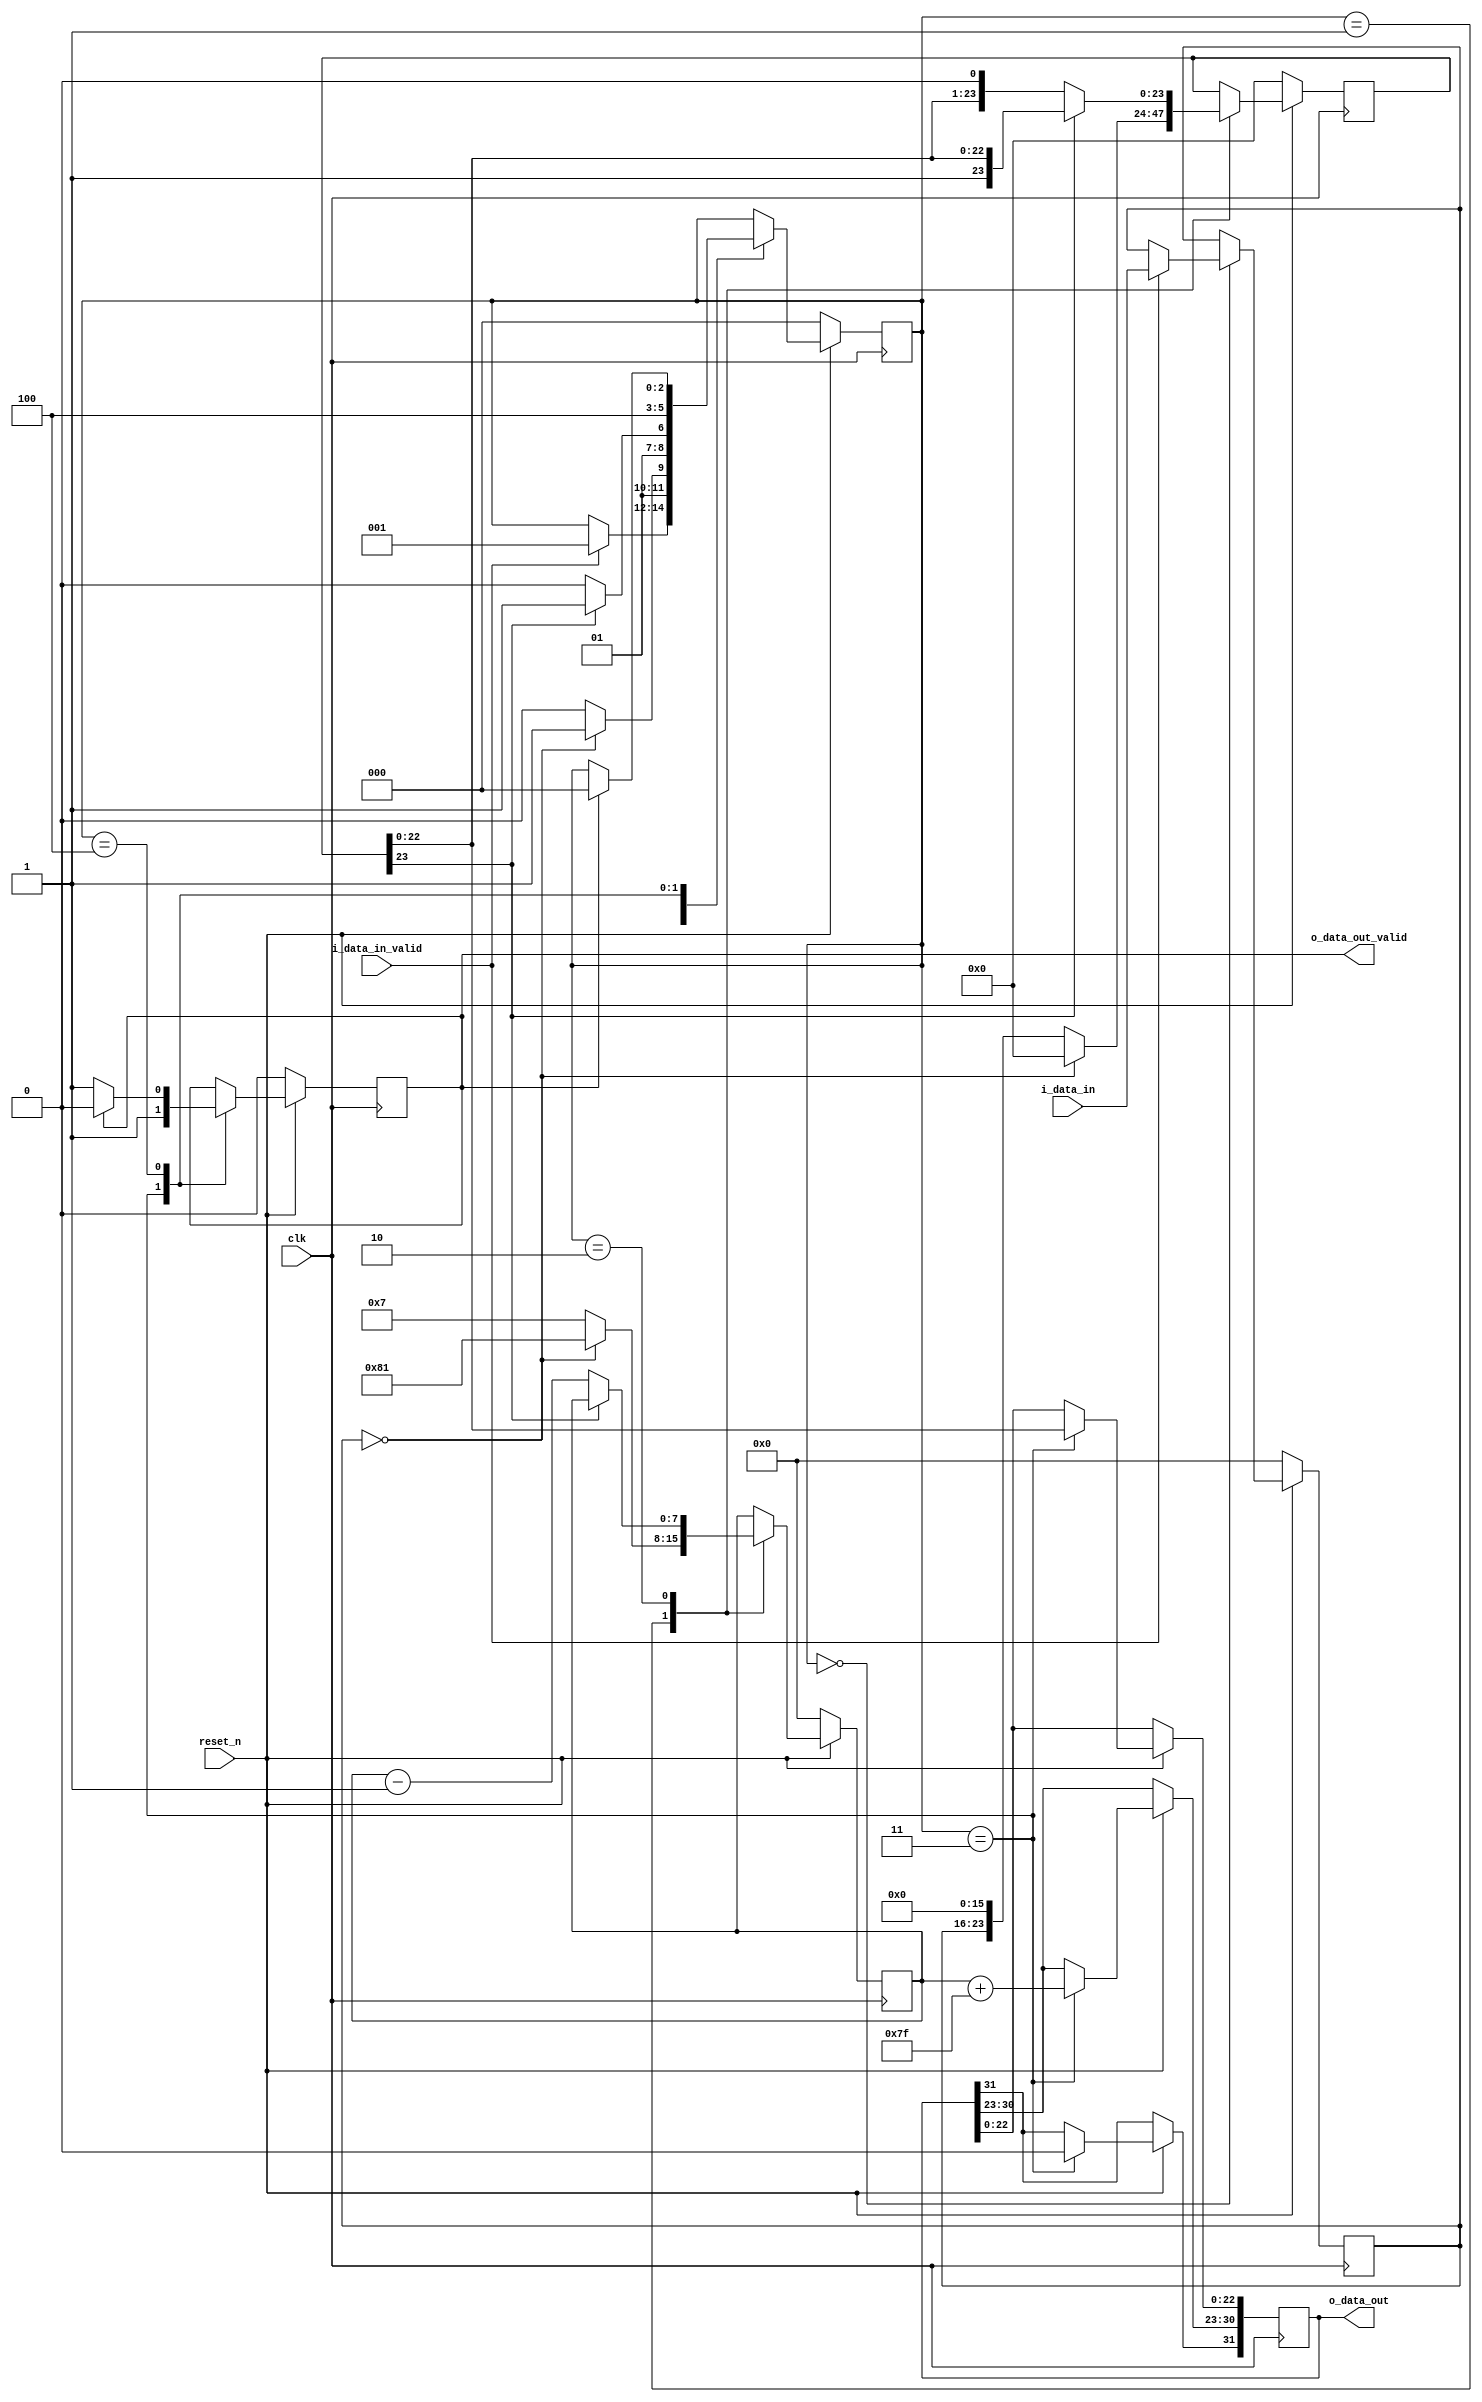
//Unsigned int to F32 converter

module uint_to_float32 #(parameter DATA_IN_WIDTH = 8)(
  //clock
  input clk,
  //active low reset
  input reset_n,
  //inputs 
  input i_data_in_valid,
  input [DATA_IN_WIDTH-1:0] i_data_in,
  //outputs
  output reg [31:0] o_data_out,
  output reg o_data_out_valid
);

//state machine states
localparam INITIAL=3'd0,
      FILL_F32_FIELDS=3'd1,
      SHIFT_LEADING_ZEROS=3'd2,
      PACK_DATA_OUT = 3'd3,
      DONE = 3'd4;

localparam MANTISSA_WIDTH = 24, EXPONENT_WIDTH = 8, BIAS=127;

//internal signal declarations
reg [2:0] current_state;

//registered input 
reg [DATA_IN_WIDTH-1:0] w_data_in_reg;
//mantissa
reg [MANTISSA_WIDTH-1:0] w_m;
//exponent
reg [EXPONENT_WIDTH-1:0] w_e;
//sign
reg w_s;

//conversion state machine
always @(posedge clk)
begin
  if(!reset_n)
  begin
    current_state <= INITIAL;
    w_data_in_reg <= 0;
    w_m <= 0;
    w_e <= 0;
    w_s <= 0;
    o_data_out_valid <= 0;
  end
  else 
  begin
    case(current_state)
      INITIAL:
      begin
        if(i_data_in_valid)
        begin
          w_data_in_reg <= i_data_in;
          current_state <= FILL_F32_FIELDS;
        end
      end

      FILL_F32_FIELDS:
      begin
        if(w_data_in_reg == 0)
        begin
          w_e <= -BIAS;
          w_m <= 0;
          w_s <= 0;
          current_state <= PACK_DATA_OUT;
        end
        else
        begin
          w_e <= DATA_IN_WIDTH-1;
          w_m <= {w_data_in_reg, {(MANTISSA_WIDTH-DATA_IN_WIDTH){1'b0}}};
          current_state <= SHIFT_LEADING_ZEROS;
        end
      end

      SHIFT_LEADING_ZEROS:
      begin
        if(!w_m[MANTISSA_WIDTH-1])
        begin
          w_e <= w_e - 1;
          w_m <= w_m << 1;
          current_state <= SHIFT_LEADING_ZEROS;
        end
        else
        begin
          current_state <= PACK_DATA_OUT;
        end
      end

      PACK_DATA_OUT:
      begin
        o_data_out[22:0] <= w_m[MANTISSA_WIDTH-2:0];
        o_data_out[30:23] <= w_e + BIAS;
        o_data_out[31] <= 0;
        o_data_out_valid <= 1;
        current_state <= DONE;
      end

      DONE:
      begin
        o_data_out_valid <= 1;
        if(o_data_out_valid)
        begin
          o_data_out_valid <= 0;
          current_state <= INITIAL;
        end
      end
    endcase 
  end
end

endmodule